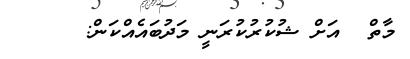
މާތް  އަށް ޝުކުރުކުރަނީ މަދުބައެއްކަން: